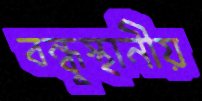
বন্ধুস্থানীয়